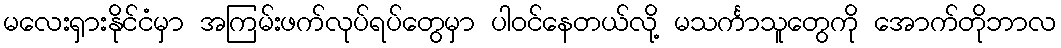
မလေးရှားနိုင်ငံမှာ အကြမ်းဖက်လုပ်ရပ်တွေမှာ ပါဝင်နေတယ်လို့ မသင်္ကာသူတွေကို အောက်တိုဘာလ